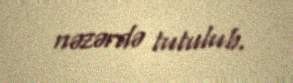
nəzərdə tutulub.